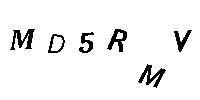
MD5RMV